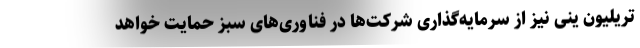
تریلیون ینی نیز از سرمایه‌گذاری شرکت‌ها در فناوری‌های سبز حمایت خواهد